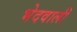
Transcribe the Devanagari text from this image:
भेदवाली